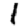
Digit: 1